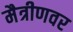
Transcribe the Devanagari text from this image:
मैत्रीणवर